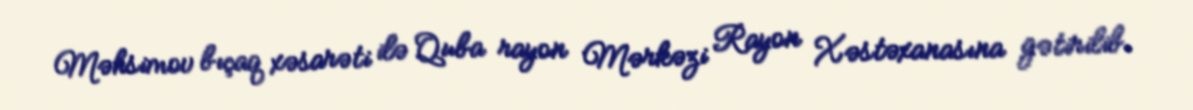
Məhsimov bıçaq xəsarəti ilə Quba rayon Mərkəzi Rayon Xəstəxanasına gətirilib.